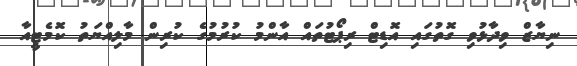
ނިޔާޒް ވިދާޅުވި ގޮތުގައި އޮޑިޓް ރިޕޯޓުތައް އާންމު ކުރުމުގެ ކުރިން މާލިއްޔަތު ކޮމެޓީއާ